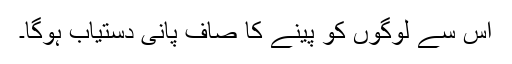
اس سے لوگوں کو پینے کا صاف پانی دستیاب ہوگا۔